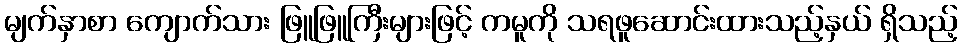
မျက်နှာစာ ကျောက်သား ဖြူဖြူကြီးများဖြင့် ကမူကို သရဖူဆောင်းထားသည့်နှယ် ရှိသည့်